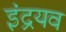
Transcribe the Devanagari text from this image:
इंद्रयव